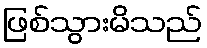
ဖြစ်သွားမိသည်